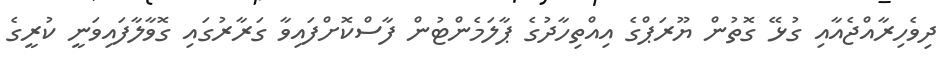
ދިވެހިރާއްޖެއާއި ގުޅޭ ގޮތުން ޔޫރަޕްގެ އިއްތިހާދުގެ ޕާލަމެންޓުން ފާސްކޮށްފައިވާ ގަރާރުގައި ގޮވާލާފައިވަނީ ކުރީގެ